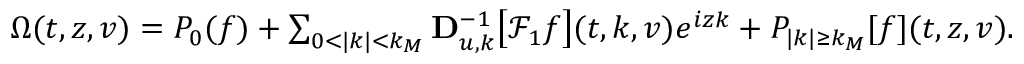
\begin{array} { r } { \Omega ( t , z , v ) = P _ { 0 } ( f ) + \sum _ { 0 < | k | < k _ { M } } \mathbf { D } _ { u , k } ^ { - 1 } \big [ \mathcal { F } _ { 1 } f \big ] ( t , k , v ) e ^ { i z k } + P _ { | k | \geq k _ { M } } [ f ] ( t , z , v ) . } \end{array}